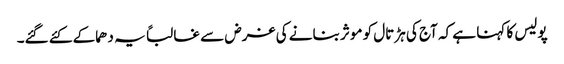
پولیس کا کہنا ہے کہ آج کی ہڑتال کو موثر بنانے کی غرض سے غالباً یہ دھماکے کئے گئے۔